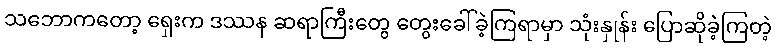
သဘောကတော့ ရှေးက ဒဿန ဆရာကြီးတွေ တွေးခေါ်ခဲ့ကြရာမှာ သုံးနှုန်း ပြောဆိုခဲ့ကြတဲ့